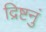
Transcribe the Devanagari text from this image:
द्रिष्टनुं